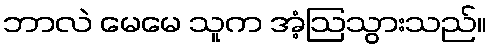
ဘာလဲ မေမေ သူက အံ့ဩသွားသည်။